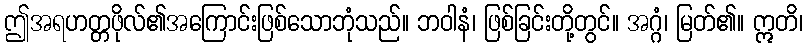
ဤအရဟတ္တဖိုလ်၏အကြောင်းဖြစ်သောဘုံသည်။ ဘဝါနံ၊ ဖြစ်ခြင်းတို့တွင်။ အဂ္ဂံ၊ မြတ်၏။ ဣတိ၊